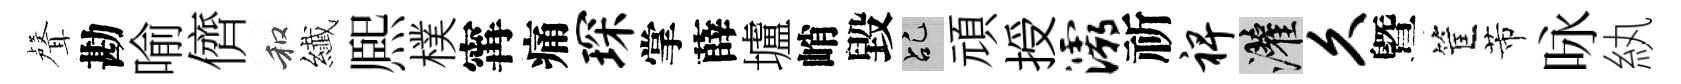
聲勘喻儕和纎熈樸𡩋痛琛掌薛壚峭毀乩頑授灞祈裨灌久曁筐芾咏紈